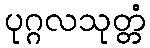
ပုဂ္ဂလသုတ္တံ